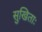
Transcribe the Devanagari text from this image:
सुखिताः